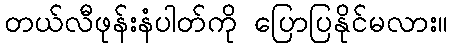
တယ်လီဖုန်းနံပါတ်ကို ပြောပြနိုင်မလား။